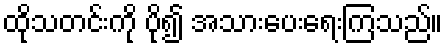
ထိုသတင်းကို ပို၍ အသားပေးရေးကြသည်။